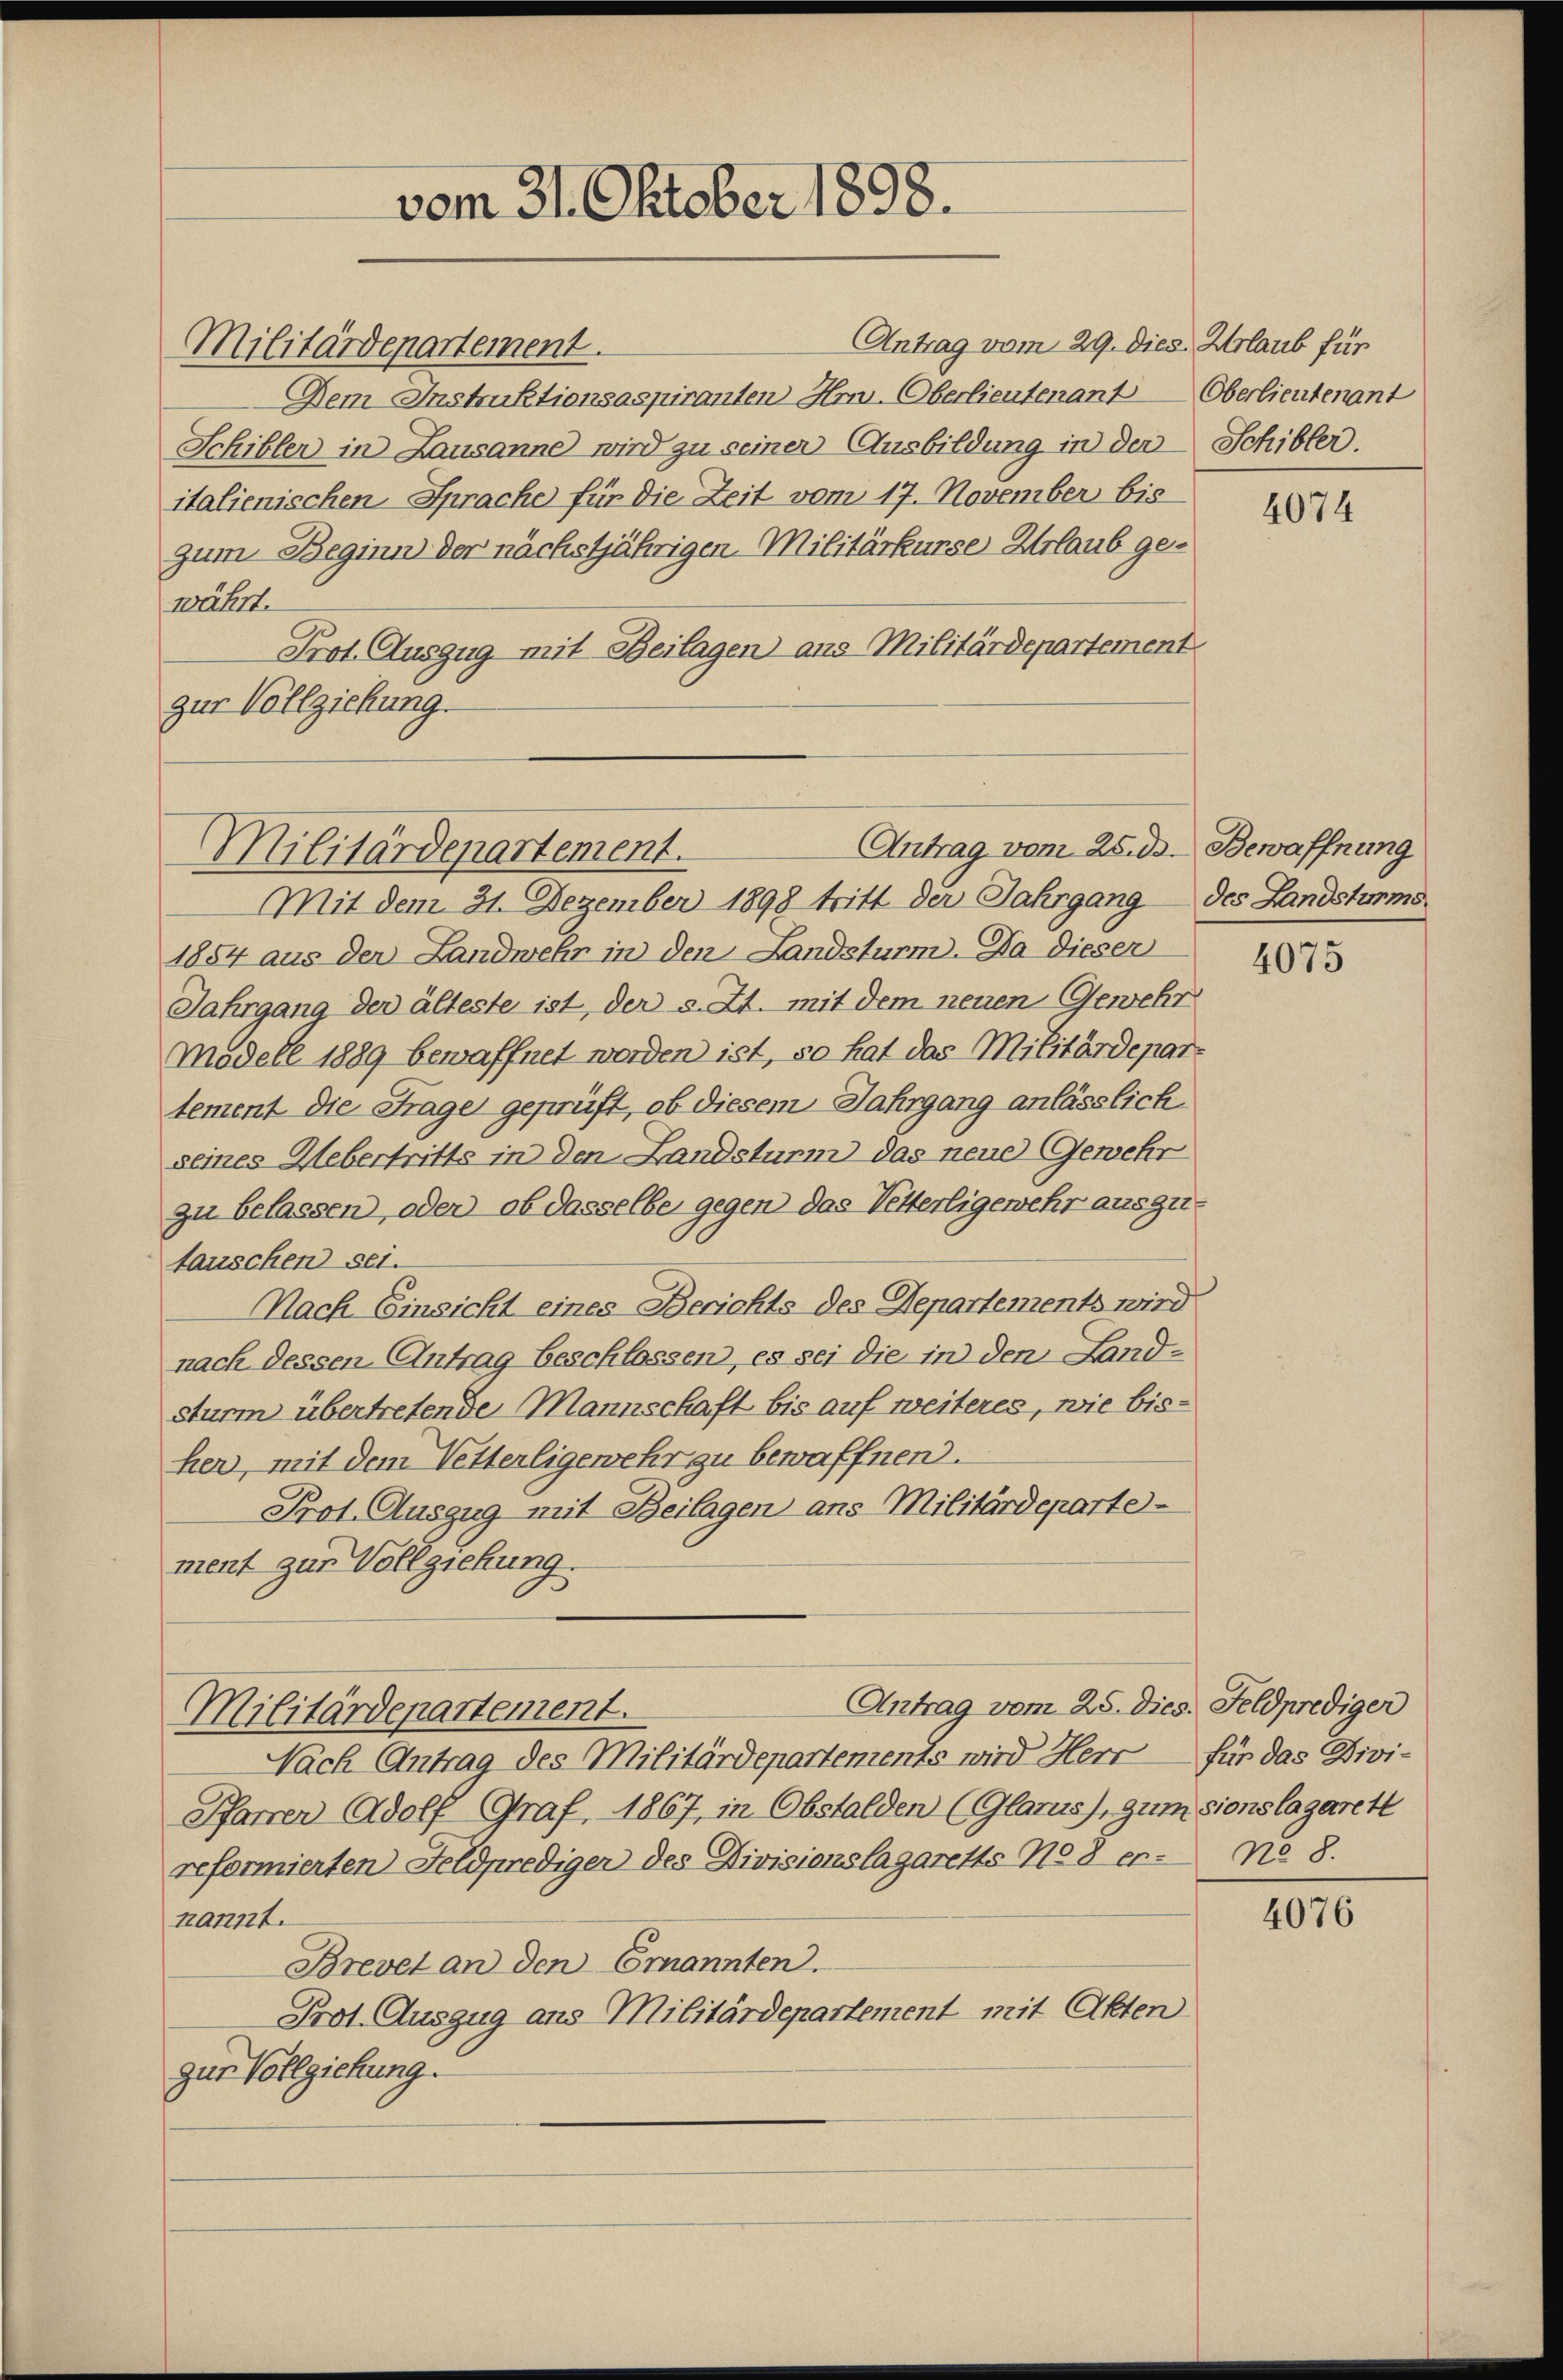
Antrag vom 29. dies Urlaub für
Militärdepartement.
Dem Instruktionsaspiranten Hrn. Oberlieutenant Oberlieutenant
Schibler in Lausanne wird zu seiner Ausbildung in der Schibler.
italienischen Sprache für die Zeit vom 17. November bis
zum Beginn der nächstjährigen Militärkurse Urlaub ges
währt.
Prot. Auszug mit Beilagen aus Militärdepartement
zur Vollziehung.

Militärdepartement.

vom 31. Oktober 1898.

Antrag vom 25. d.

Mit dem 31. Dezember 1898 tritt der Jahrgang des Landsturms
1854 aus der Landwehr in den Landsturm. Da dieser
Jahrgang der älteste ist, der s. Zt. mit dem neuen Gewehr
Modell 1889 bewaffnet worden ist, so hat das Militärdepartement die Frage geprüft, ob diesem Jahrgang anlässlich
seines Uebertritts in den Landsturm das neue Gewehr
zu belassen, oder ob dasselbe gegen das Vetterligewehr ausgutauschen sei.
Nach Einsicht eines Berichts des Departements wird.
nach dessen Antrag beschlossen, es sei die in den Landsturm übertretende Mannschaft bis auf weiteres, wie bisher, mit dem Vetterligewehr zu bewaffnen.
Prot. Auszug mit Beilagen ans Militärdeparte
ment zur Vollziehung.
Antrag vom 28. dies. Feldprediger
Militärdepartement.
Nach Antrag des Militärdepartements wird Herr für das Divi-
Pfarrer Adolf Graf, 1867, in Obstalden (Glarus), zum sionslagarett
reformierten Feldprediger des Divisionslagaretts No 8 er. No 8.
kannt.
Brevet an den Ernannten.
Prot. Auszug ans Militärdepartement mit Akten
zur Vollziehung.

4074

Bewaffnung

4075

4076